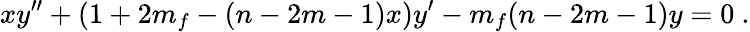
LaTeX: xy^{\prime\prime}+\left(1+2m_{f}-(n-2m-1)x\right)y^{\prime}-m_{f}(n-2m-1)y=0~.